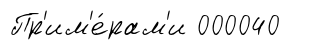
Пр'им'е́рам'и 000040